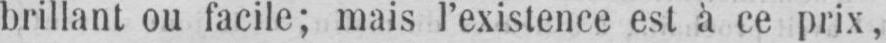
brillant ou facile; mais l’existence est à ce prix,